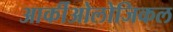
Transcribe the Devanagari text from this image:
आर्कीओलोजिकल